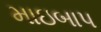
માઇબાપ